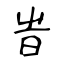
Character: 旹